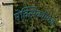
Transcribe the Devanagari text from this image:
मेक्‍सिकोमध्ये